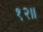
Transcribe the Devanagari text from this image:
१२॥